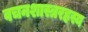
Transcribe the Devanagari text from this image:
वचनशास्त्ररहस्य